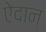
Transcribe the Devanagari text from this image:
ऐदान्